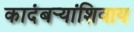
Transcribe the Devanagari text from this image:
कादंबर्‍यांशिवाय